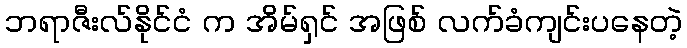
ဘရာဇီးလ်နိုင်ငံ က အိမ်ရှင် အဖြစ် လက်ခံကျင်းပနေတဲ့